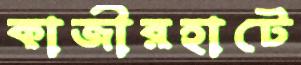
কাজীরহাটে